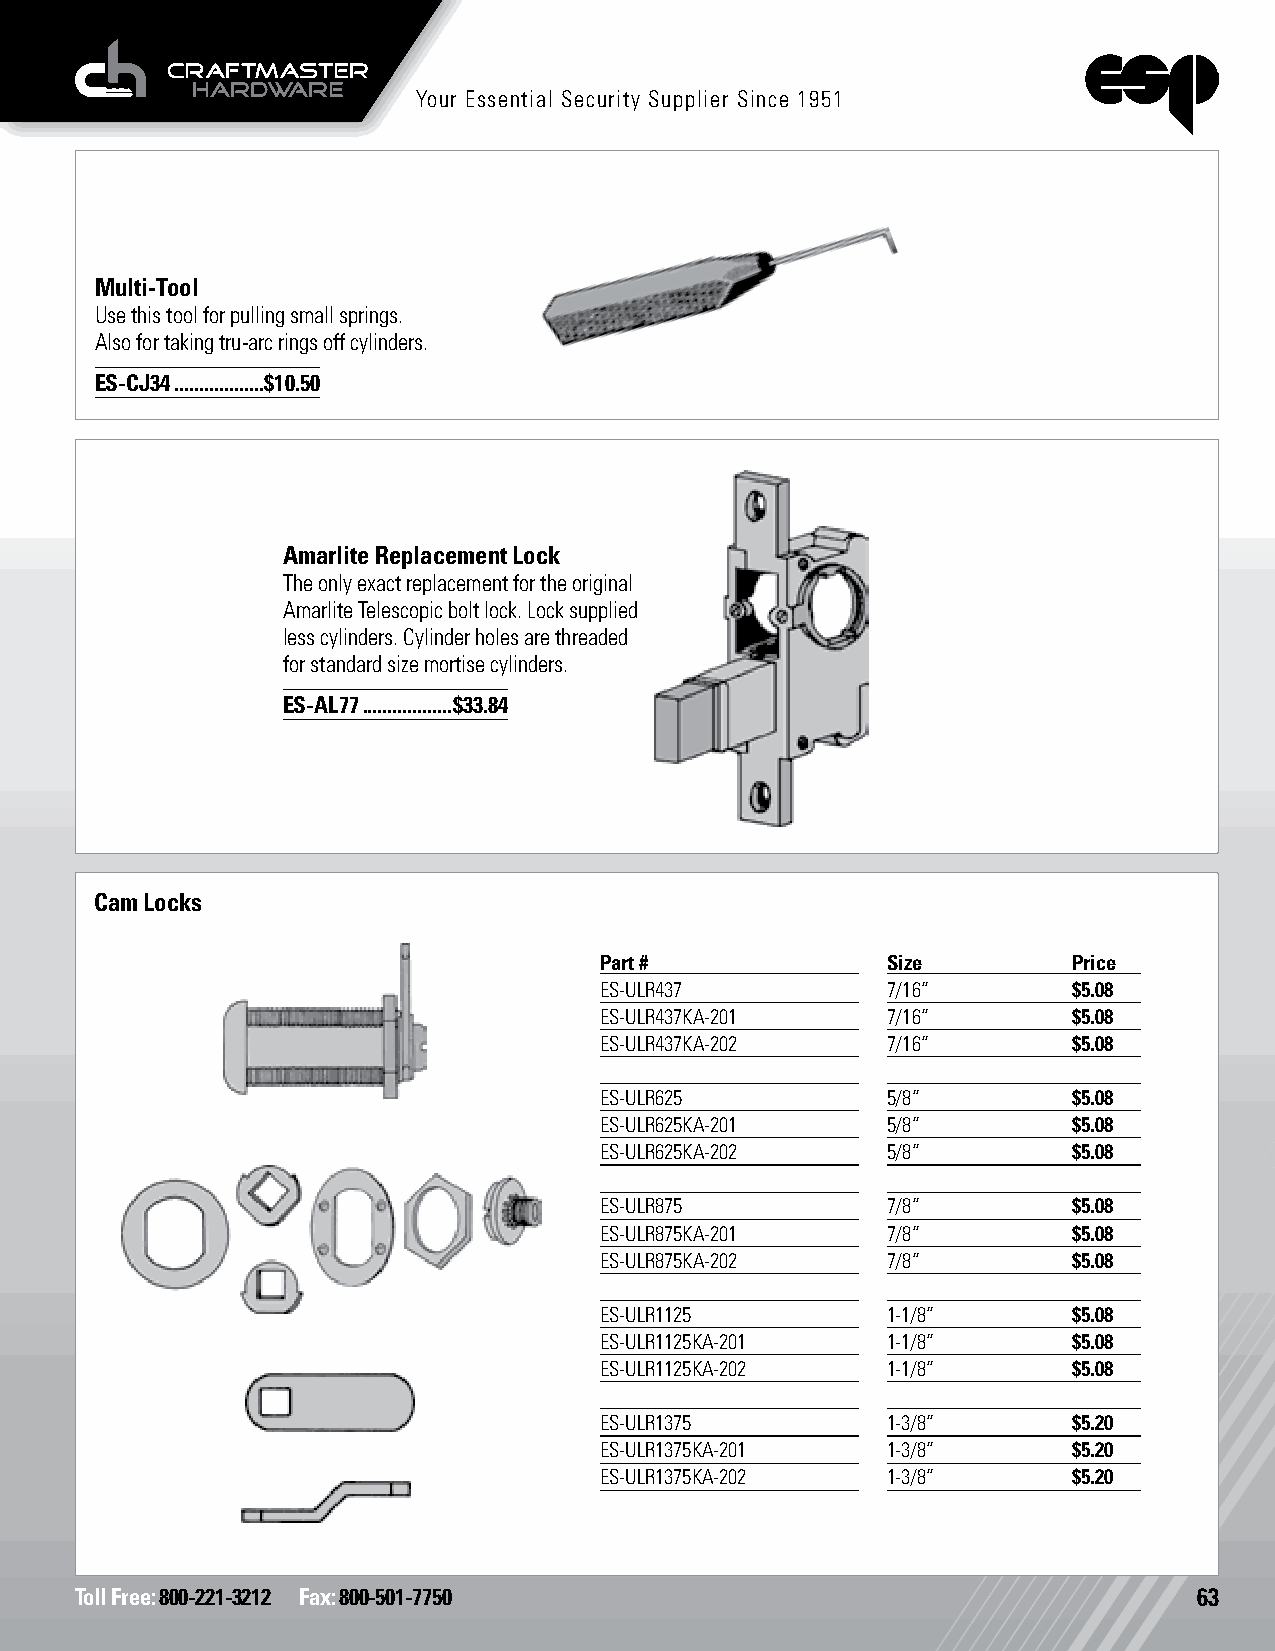
Your Essential Security Supplier Since 1951
 Multi-Tool
 Use this tool for pulling small springs.
 Also for taking tru-arc rings off cylinders.
 ES-CJ34 ..................$10.50
 Amarlite Replacement Lock
 The only exact replacement for the original
 Amarlite Telescopic bolt lock. Lock supplied
 less cylinders. Cylinder holes are threaded
 for standard size mortise cylinders.
 ES-AL77 ..................$33.84
 Cam Locks
 Part #             Size        Price
 ES-ULR437          7/16”       $5.08
 ES-ULR437KA-201    7/16”       $5.08
 ES-ULR437KA-202    7/16”       $5.08
 ES-ULR625          5/8”        $5.08
 ES-ULR625KA-201    5/8”        $5.08
 ES-ULR625KA-202    5/8”        $5.08
 ES-ULR875          7/8”        $5.08
 ES-ULR875KA-201    7/8”        $5.08
 ES-ULR875KA-202    7/8”        $5.08
 ES-ULR1125         1-1/8”      $5.08
 ES-ULR1125KA-201   1-1/8”      $5.08
 ES-ULR1125KA-202   1-1/8”      $5.08
 ES-ULR1375         1-3/8”      $5.20
 ES-ULR1375KA-201   1-3/8”      $5.20
 ES-ULR1375KA-202   1-3/8”      $5.20
 Toll Free: 800-221-3212 Fax: 800-501-7750                                 63